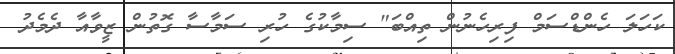
ކަހަލަ ހެންޑްސަމް ފިރިހެނުން ތިއްބަ" ސިމާކުގެ ހުރި ސަމާސާ ގޮތުން ޒީވާއާ ދެމެދު